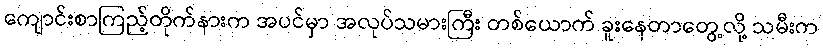
ကျောင်းစာကြည့်တိုက်နားက အပင်မှာ အလုပ်သမားကြီး တစ်ယောက် ခူးနေတာတွေ့လို့ သမီးက